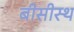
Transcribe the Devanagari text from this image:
बीसीस्थ